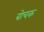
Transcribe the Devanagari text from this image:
बोचक